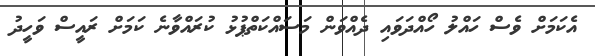
އެކަމަށް ވެސް ހައްލު ހޯއްދަވައި ދެއްވަން މަސައްކަތްޕުޅު ކުރައްވާނެ ކަމަށް ރައީސް ވަހީދު